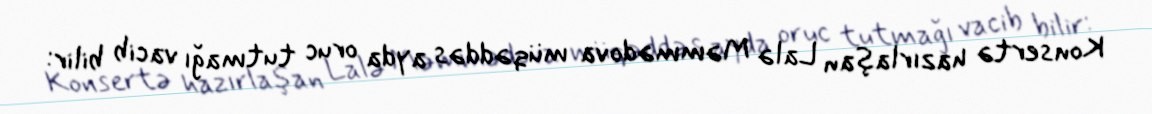
Konsertə hazırlaşan Lalə Məmmədova müqəddəs ayda oruc tutmağı vacib bilir: